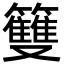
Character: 䉶